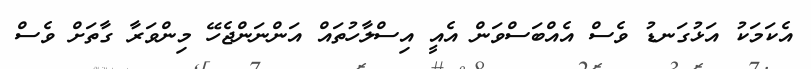
އެކަމަކު އަޅުގަނޑު ވެސް އެއްބަސްވަން އެއީ އިސްލާހުތައް އަންނަންޖެހޭ މިންވަރާ ގާތަށް ވެސް